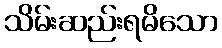
သိမ်းဆည်းရမိသော